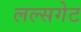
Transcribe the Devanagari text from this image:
लल्सगेट